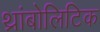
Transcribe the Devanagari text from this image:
थ्रांबोलिटिक